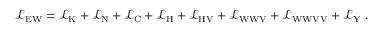
{ \mathcal { L } } _ { \mathrm { E W } } = { \mathcal { L } } _ { \mathrm { K } } + { \mathcal { L } } _ { \mathrm { N } } + { \mathcal { L } } _ { \mathrm { C } } + { \mathcal { L } } _ { \mathrm { H } } + { \mathcal { L } } _ { \mathrm { H V } } + { \mathcal { L } } _ { \mathrm { W W V } } + { \mathcal { L } } _ { \mathrm { W W V V } } + { \mathcal { L } } _ { \mathrm { Y } } ~ .